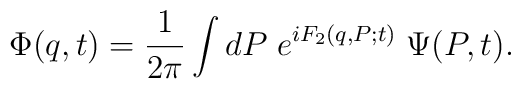
\Phi (q,t)=\frac 1{2\pi }\int dP\;e^{iF_2(q,P;t)}\;\Psi (P,t).